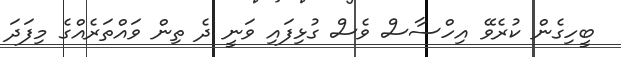
ބީހިގެން ކުރެވޭ އިހްސާސް ވެސް ގުޅިފައި ވަނީ ދެ ތިން ވައްތަރެއްގެ މިފަދަ